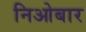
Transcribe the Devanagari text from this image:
निओबार